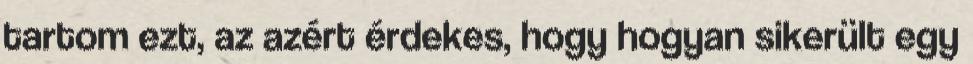
tartom ezt, az azért érdekes, hogy hogyan sikerült egy